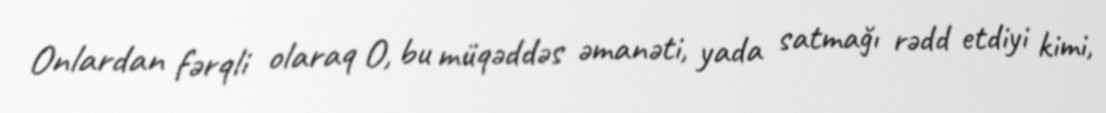
Onlardan fərqli olaraq O, bu müqəddəs əmanəti, yada satmağı rədd etdiyi kimi,